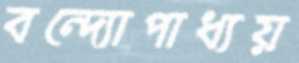
বন্দ্যোপাধ্যয়